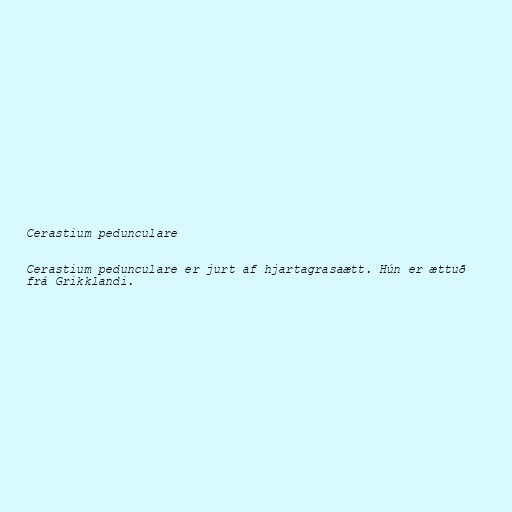
Cerastium pedunculare

Cerastium pedunculare er jurt af hjartagrasaætt. Hún er ættuð
frá Grikklandi.